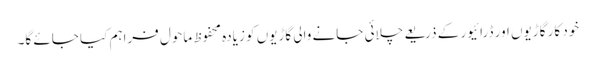
خود کار گاڑیوں اور ڈرائیور کے ذریعے چلائی جانے والی گاڑیوں کو زیادہ محفوظ ماحول فراہم کیا جائے گا۔